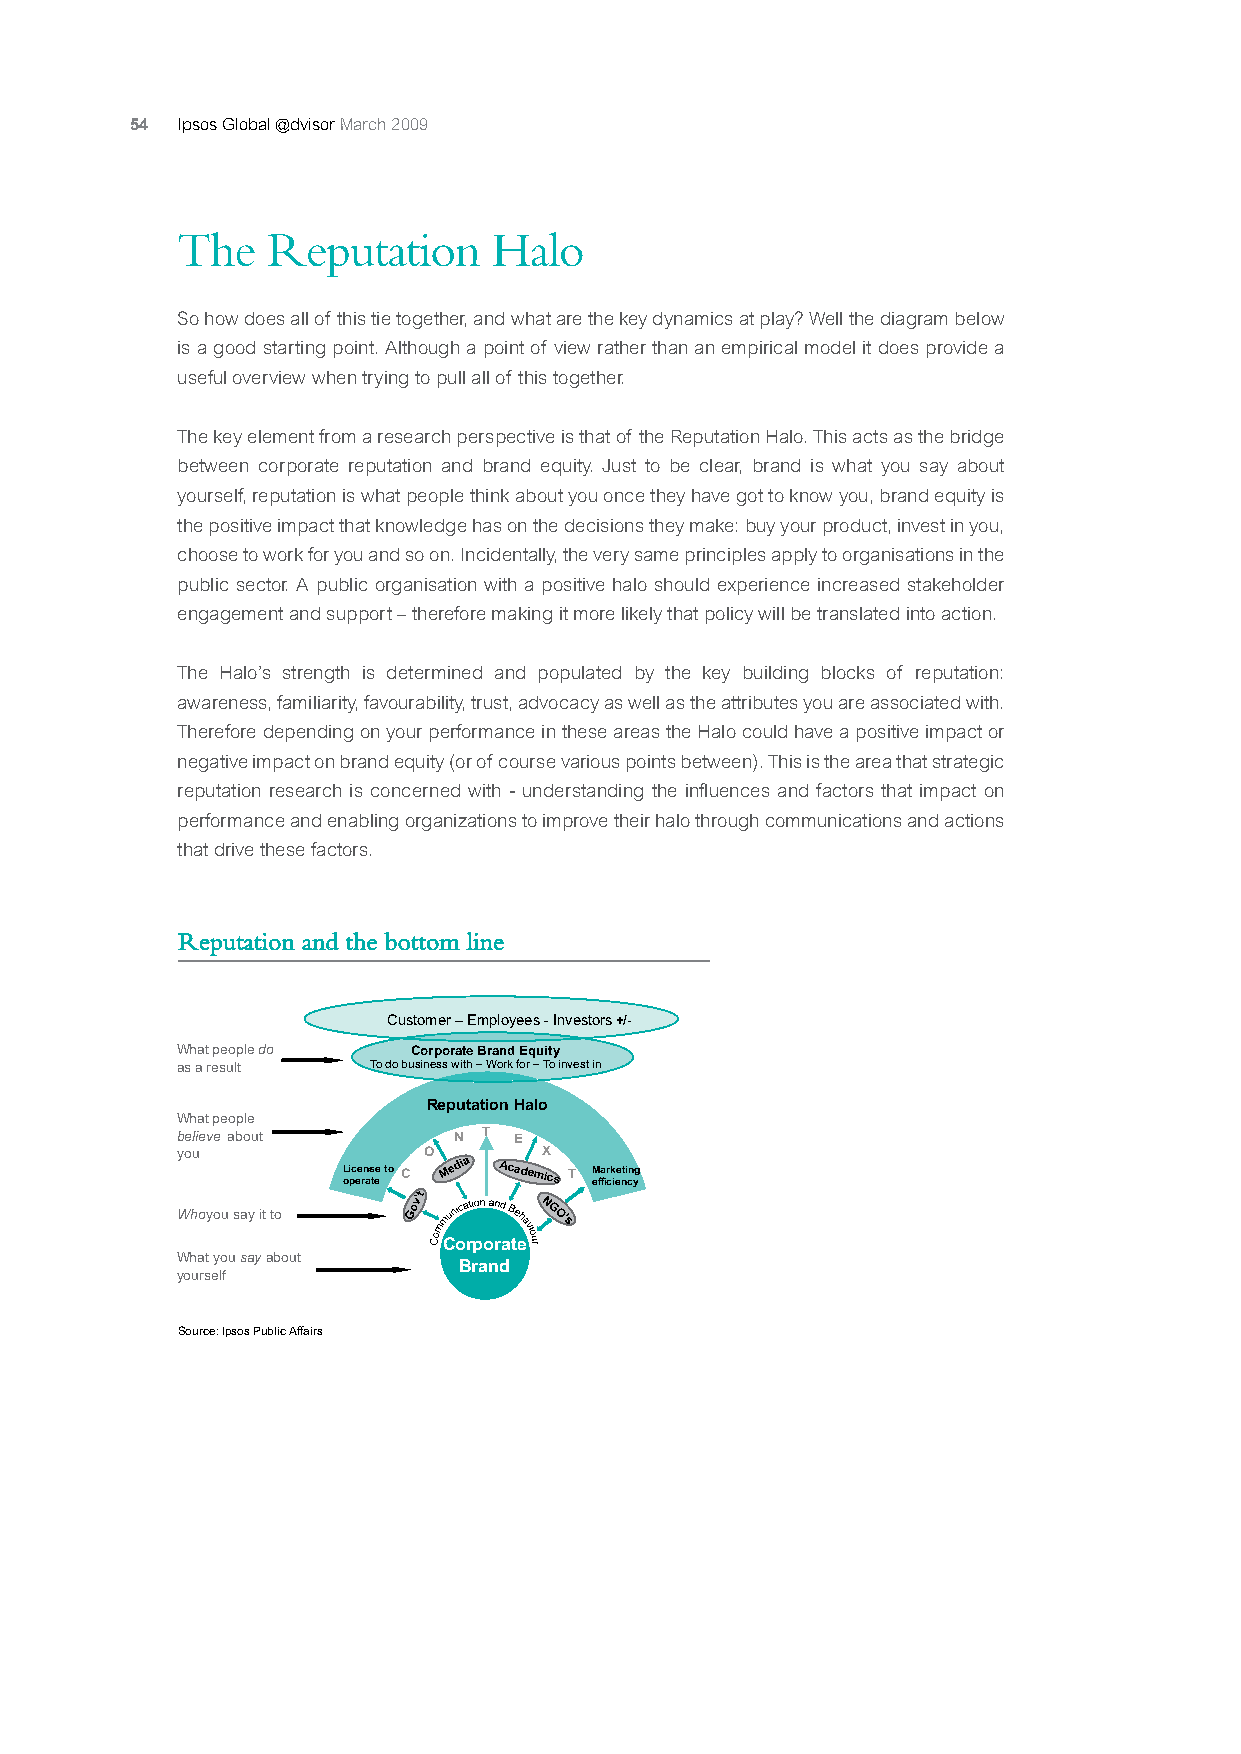
54 Ipsos Global @dvisor March 2009
 The   Reputation     Halo
 So how does all of this tie together, and what are the key dynamics at play? Well the diagram below
 is a good starting point. Although a point of view rather than an empirical model it does provide a
 useful overview when trying to pull all of this together.
 The key element from a research perspective is that of the Reputation Halo. This acts as the bridge
 between corporate reputation and brand equity. Just to be clear, brand is what you say about
 yourself, reputation is what people think about you once they have got to know you, brand equity is
 the positive impact that knowledge has on the decisions they make: buy your product, invest in you,
 choose to work for you and so on. Incidentally, the very same principles apply to organisations in the
 public sector. A public organisation with a positive halo should experience increased stakeholder
 engagement and support – therefore making it more likely that policy will be translated into action.
 The Halo’s strength is determined and populated by the key building blocks of reputation:
 awareness, familiarity, favourability, trust, advocacy as well as the attributes you are associated with.
 Therefore depending on your performance in these areas the Halo could have a positive impact or
 negative impact on brand equity (or of course various points between). This is the area that strategic
 reputation research is concerned with - understanding the influences and factors that impact on
 performance and enabling organizations to improve their halo through communications and actions
 that drive these factors.
 Reputation and the bottom line
 Customer – Employees - Investors +/-
 What people do Corporate Brand Equity
 as a result  To do business with – Work for – To invest in
 Reputation Halo
 What people
 believe about     N T E
 you             O       X
 L oi pc ee rn as tee to C Academics T M efa fir ck ie et nin cyg
 Who you say it to
 Corporate
 What you saya bout
 Brand
 yourself
 Source: Ipsos Public Affairs